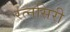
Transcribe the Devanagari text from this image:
रत्नसिरी